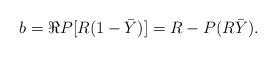
LaTeX: \begin{align*}b = \Re P[R(1-\bar Y)] = R- P(R \bar Y).\end{align*}